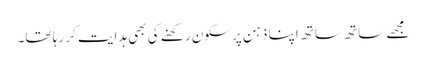
مجھے ساتھ ساتھ اپنا ذہن پرسکون رکھنے کی بھی ہدایت کر رہا تھا۔